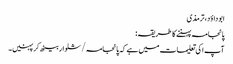
ابو داؤد، ترمذی
پائجامہ پہننے کا طریقہ:
آپ ا کی تعلیمات میں ہے کہ پائجامہ /شلوار بیٹھ کرپہنیں۔